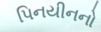
પિનયીનનો